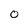
Character: 0